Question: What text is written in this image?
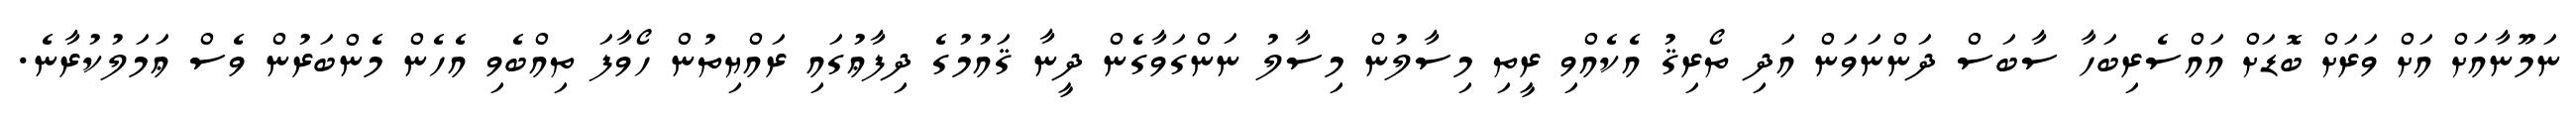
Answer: ނަމޫނާއަށް އަށް ވަރަށް ބޮޑަށް އައްސެރިބަހާ ސާބަސް ދަންނަވަން އަދި ތޯރިޤު އެކެއްވި ރީތި މިސާލުން މިސާލު ނަންގަވާގެން ދީނާ ޤައުމުގެ ދިފާޢުގައި ރައްޔިތުން ހޯވާފަ ތިއްބެވި އެހެން މެންބަރުން ވެސް ޢަމަލުކުރާނެ.